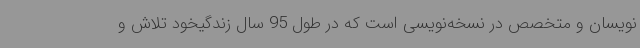
‌نویسان و متخصص در نسخه‌نویسی است که در طول 95 سال زندگیخود تلاش و